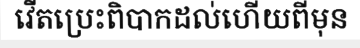
វើតប្រេះពិបាកដល់ហើយពីមុន